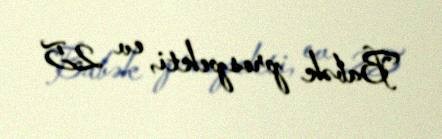
Babək prospekti, ev 25